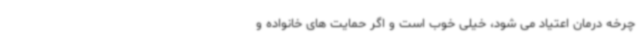
چرخه درمان اعتیاد می شود، خیلی خوب است و اگر حمایت های خانواده و